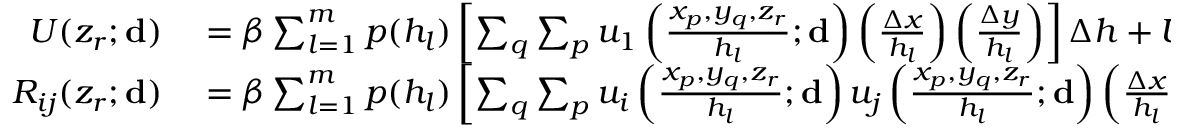
\begin{array} { r l } { U ( z _ { r } ; \mathbf { d } ) } & { { } = \beta \sum _ { l = 1 } ^ { m } p ( h _ { l } ) \left[ \sum _ { q } \sum _ { p } u _ { 1 } \left( \frac { { x _ { p } , y _ { q } , z _ { r } } } { h _ { l } } ; \mathbf { d } \right) \left( \frac { \Delta x } { h _ { l } } \right) \left( \frac { \Delta y } { h _ { l } } \right) \right] \Delta h + U _ { \infty } } \\ { R _ { i j } ( z _ { r } ; \mathbf { d } ) } & { { } = \beta \sum _ { l = 1 } ^ { m } p ( h _ { l } ) \left[ \sum _ { q } \sum _ { p } u _ { i } \left( \frac { { x _ { p } , y _ { q } , z _ { r } } } { h _ { l } } ; \mathbf { d } \right) u _ { j } \left( \frac { { x _ { p } , y _ { q } , z _ { r } } } { h _ { l } } ; \mathbf { d } \right) \left( \frac { \Delta x } { h _ { l } } \right) \left( \frac { \Delta y } { h _ { l } } \right) \right] \Delta h . } \end{array}